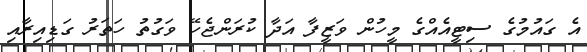
އެ ގައުމުގެ ސިޓީއެއްގެ މީހުން ވަޒީފާ އަދާ ކުރަންޖެހޭ ވަގުތު ހަތަރު ގަޑިއިރާއި